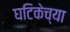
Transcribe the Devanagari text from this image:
घटिकेच्या